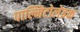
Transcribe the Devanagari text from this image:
पाल्मिटोलेइक